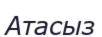
Атасыз